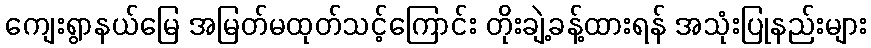
ကျေးရွာနယ်မြေ အမြတ်မထုတ်သင့်ကြောင်း တိုးချဲ့ခန့်ထားရန် အသုံးပြုနည်းများ